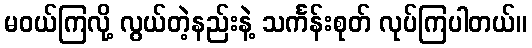
မဝယ်ကြလို့ လွယ်တဲ့နည်းနဲ့ သင်္ကန်းစုတ် လုပ်ကြပါတယ်။